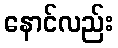
နောင်လည်း